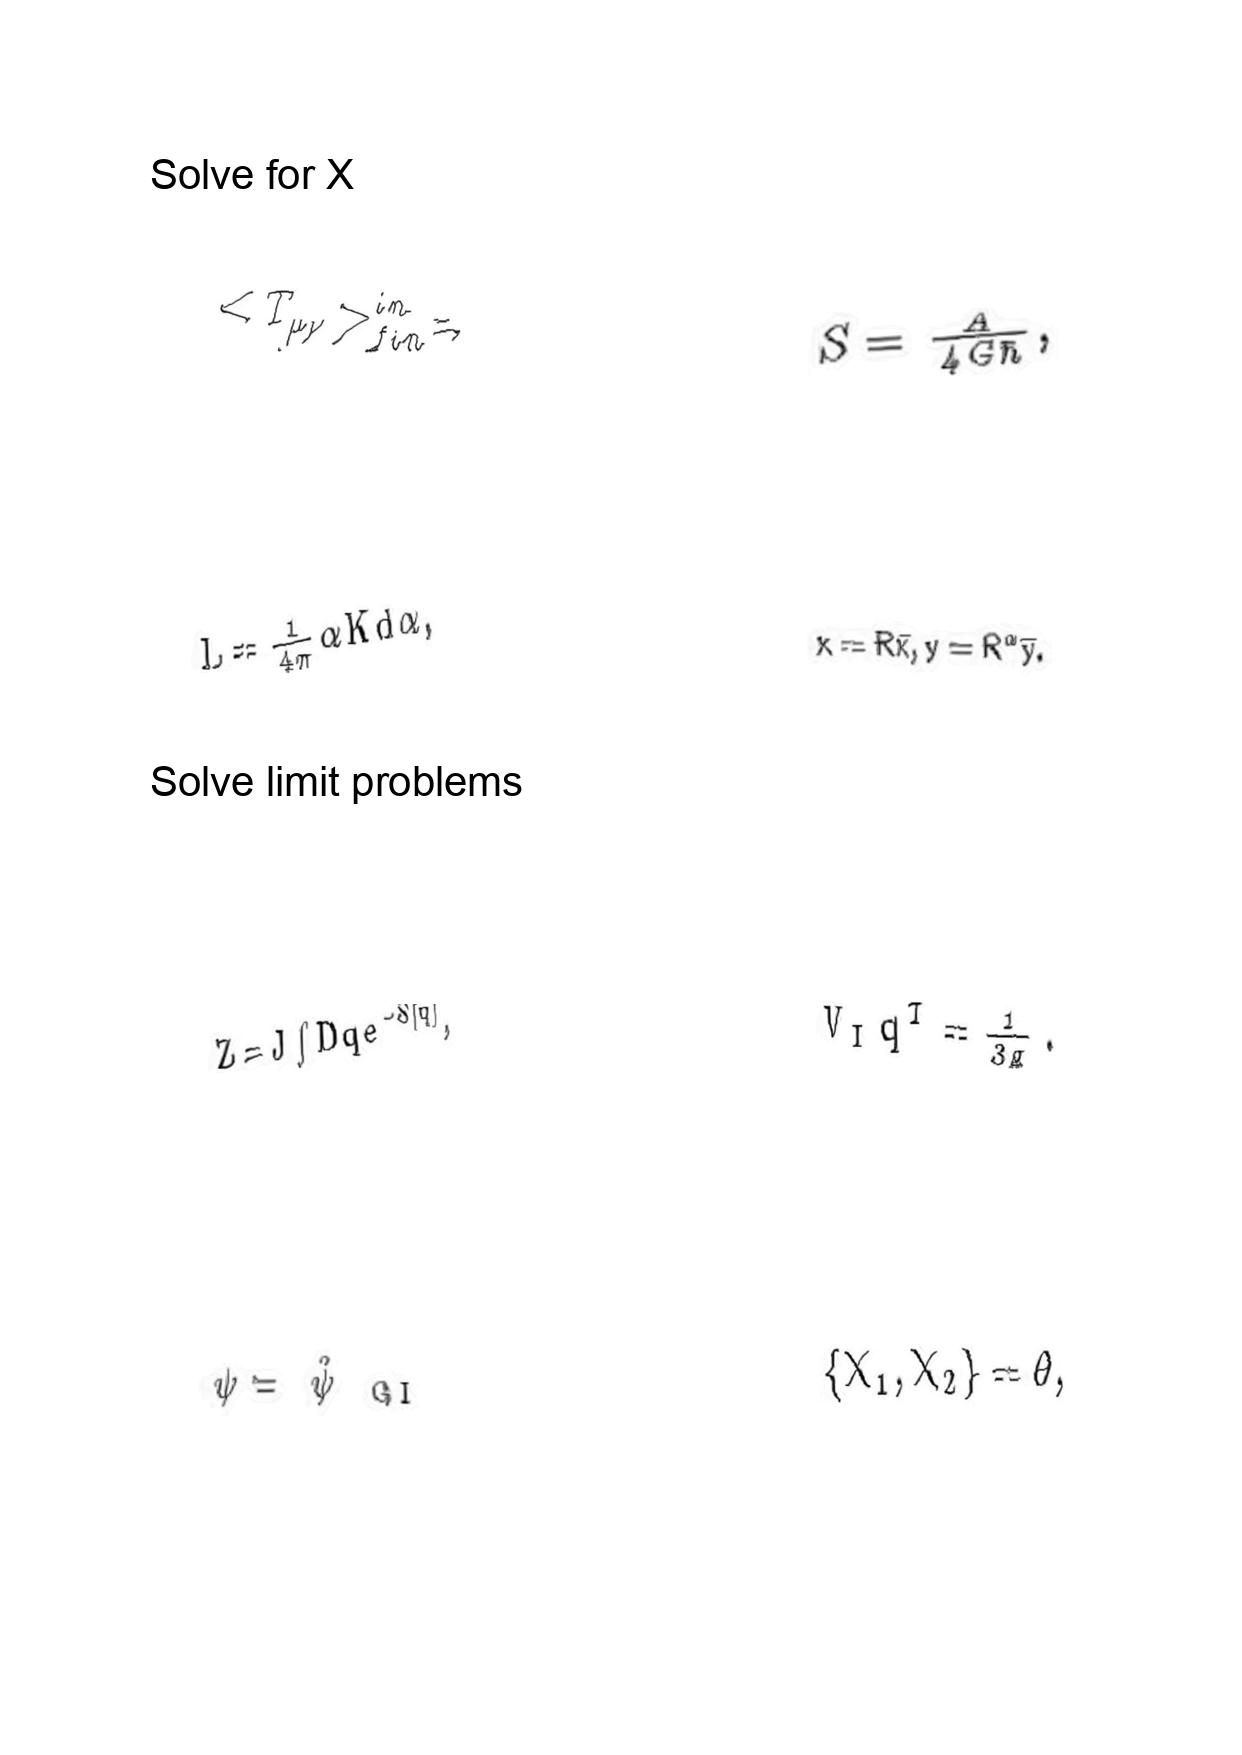
LaTeX transcription:
\lt T _ { \mu \nu } \gt _ { f i n } ^ { i n } =
L = \frac { 1 } { 4 \pi } \alpha K d \alpha ,
Z = J \int D q e ^ { - S \lbrack q \rbrack } ,
\psi = \hat { \psi } _ { \mathrm { \space G I } }
S = \frac { A } { 4 G \hbar } ,
x = R \bar { x } , y = R ^ { \alpha } \bar { y } .
V _ { I } q ^ { I } = \frac { 1 } { 3 g } .
\lbrace X _ { 1 } , X _ { 2 } \rbrace = \theta ,